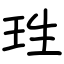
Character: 珄